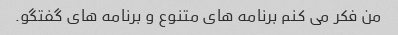
من فکر می کنم برنامه های متنوع و برنامه های گفتگو.